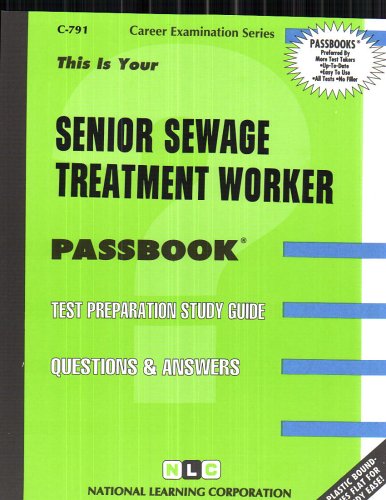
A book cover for Senior Sewage Treatment Worker(Passbooks) (Career Examination Passbooks); Jack Rudman; Test Preparation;